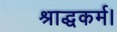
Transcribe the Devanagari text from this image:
श्राद्धकर्म।